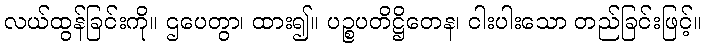
လယ်ထွန်ခြင်းကို။ ဌပေတွာ၊ ထား၍။ ပဉ္စပတိဋ္ဌိတေန၊ ငါးပါးသော တည်ခြင်းဖြင့်။